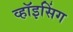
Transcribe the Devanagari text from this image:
व्हॉइसिंग